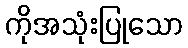
ကိုအသုံးပြုသော